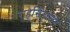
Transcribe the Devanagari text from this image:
राहसिंहासन